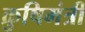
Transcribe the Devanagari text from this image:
क्रुषिमंत्री